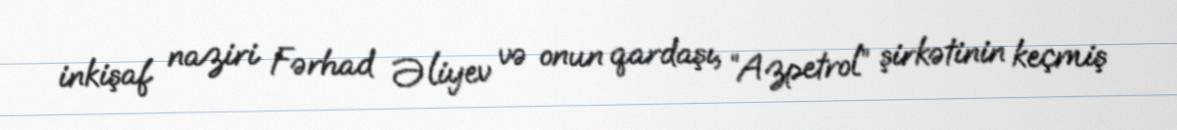
inkişaf naziri Fərhad Əliyev və onun qardaşı, “Azpetrol” şirkətinin keçmiş